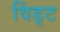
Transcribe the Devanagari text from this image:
विंड्ट